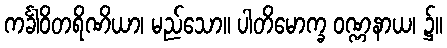
ကင်္ခါဝိတရိဏိယာ၊ မည်သော။ ပါတိမောက္ခ ဝဏ္ဏနာယ၊ ၌။